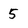
Character: 5